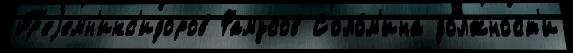
Пр'еjемн'икс'идоров Фамусов Соло́м'ина до́лжност'и